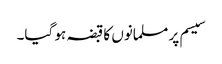
سیسم پر مسلمانوں کا قبضہ ہو گیا۔